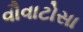
વૌવાટોસા